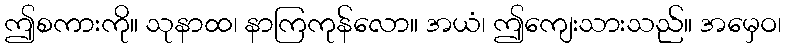
ဤစကားကို။ သုနာထ၊ နာကြကုန်လော။ အယံ၊ ဤကျေးသားသည်။ အမှေဝ၊